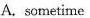
A.sometime